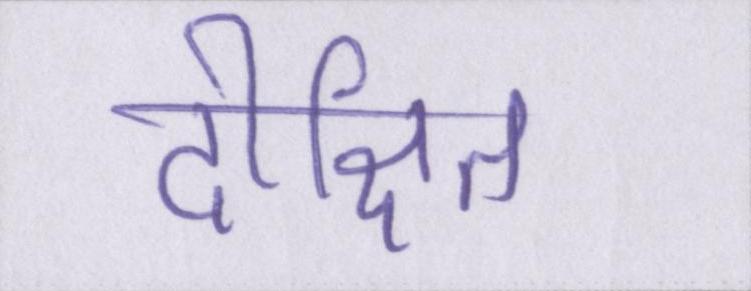
दीक्षित